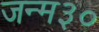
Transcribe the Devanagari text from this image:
जन्म३०